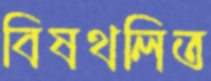
বিষথলিত